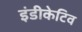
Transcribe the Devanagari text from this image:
इंडीकेटिव